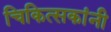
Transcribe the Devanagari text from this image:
चिकित्सकांनी